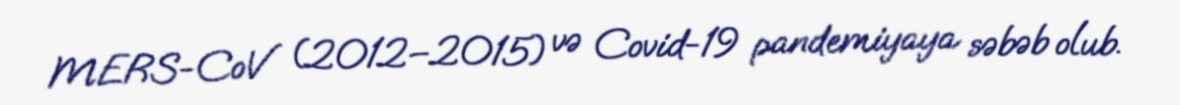
MERS-CoV (2012–2015) və Covid-19 pandemiyaya səbəb olub.